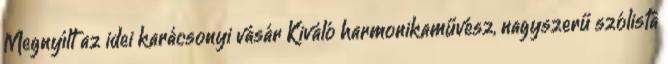
Megnyílt az idei karácsonyi vásár Kiváló harmonikaművész, nagyszerű szólista